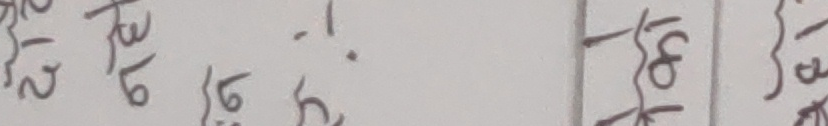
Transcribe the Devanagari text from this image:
टि२ पि६ पि६ ! {१५ {१३